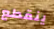
ينقطع